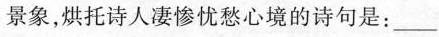
景象,烘托诗人凄惨忧愁心境的诗句是:___